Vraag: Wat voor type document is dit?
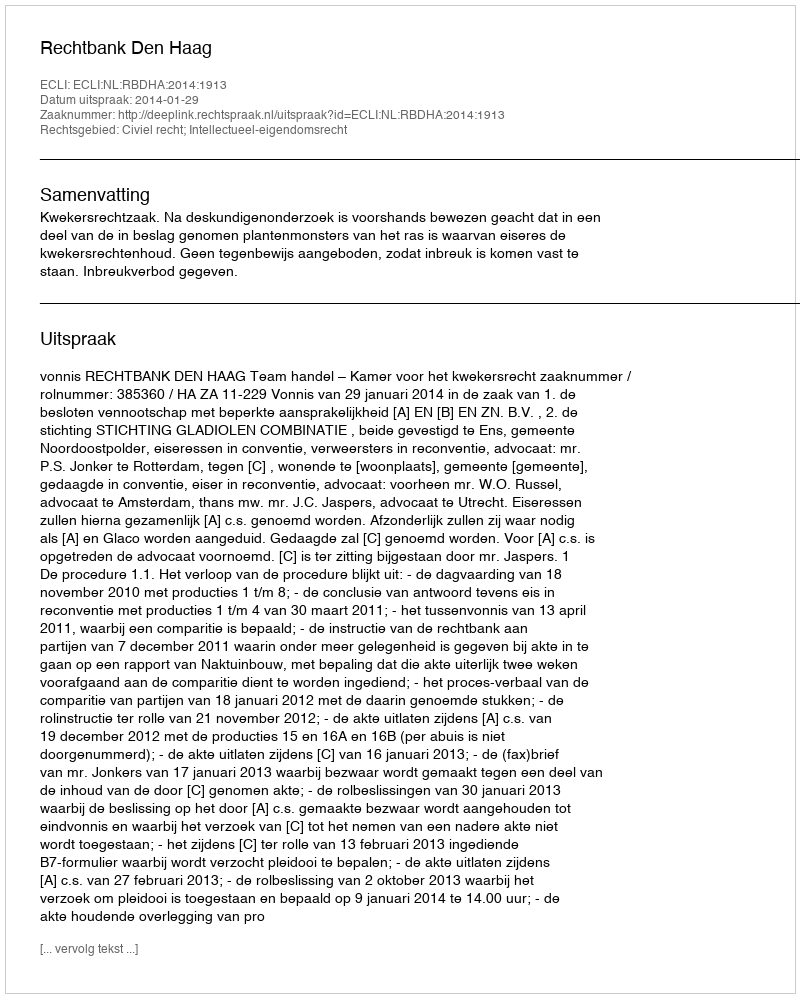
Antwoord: Uitspraak